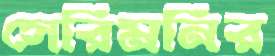
সেরিমনির